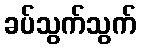
ခပ်သွက်သွက်